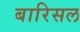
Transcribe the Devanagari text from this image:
बारिसल